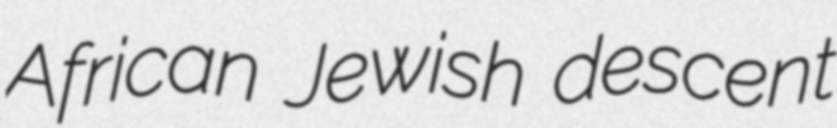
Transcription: African Jewish descent